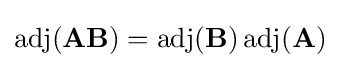
\operatorname {adj} (\mathbf {AB} )=\operatorname {adj} (\mathbf {B} )\operatorname {adj} (\mathbf {A} )